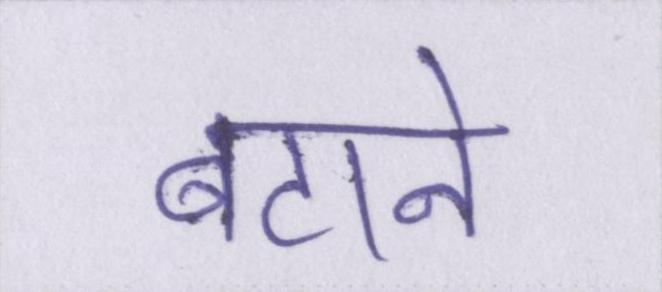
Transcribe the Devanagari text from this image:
बटाने